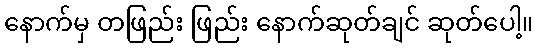
နောက်မှ တဖြည်း ဖြည်း နောက်ဆုတ်ချင် ဆုတ်ပေါ့။